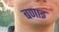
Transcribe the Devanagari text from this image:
बणाइ